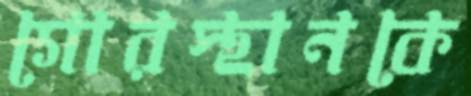
গোরস্থানকে